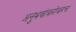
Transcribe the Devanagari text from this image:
अनुभवांबरोबरच